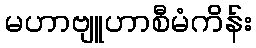
မဟာဗျူဟာစီမံကိန်း